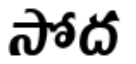
సోద